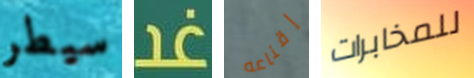
سيطر غد إقناعه للمخابرات